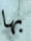
بها